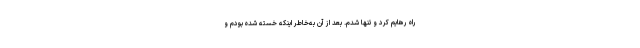
راه رهایم کرد و تنها شدم. بعد از آن به‌خاطر اینکه خسته شده بودم و